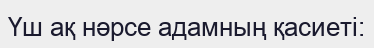
Үш ақ нәрсе адамның қасиеті: